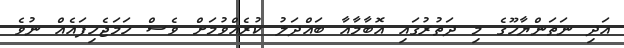
އަދި ނަތަންޔާހޫގެ މި ދަތުރުގައި އޮބާމާއާ ބައްދަލު ކުރެއްވުމަށް ވެސް ހަމަޖެހިފައެއް ނުވެ